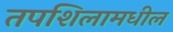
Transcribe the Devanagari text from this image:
तपशिलामधील